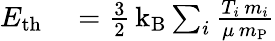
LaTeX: \begin{array}{rl}{E_{\mathrm{th}}}&{{}=\frac{3}{2}\, \mathrm{k_{B}}\sum_{i}\frac{T_{i}\, m_{i}}{\mu\, m_{\mathrm{P}}}}\end{array}